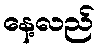
နေ့လည်